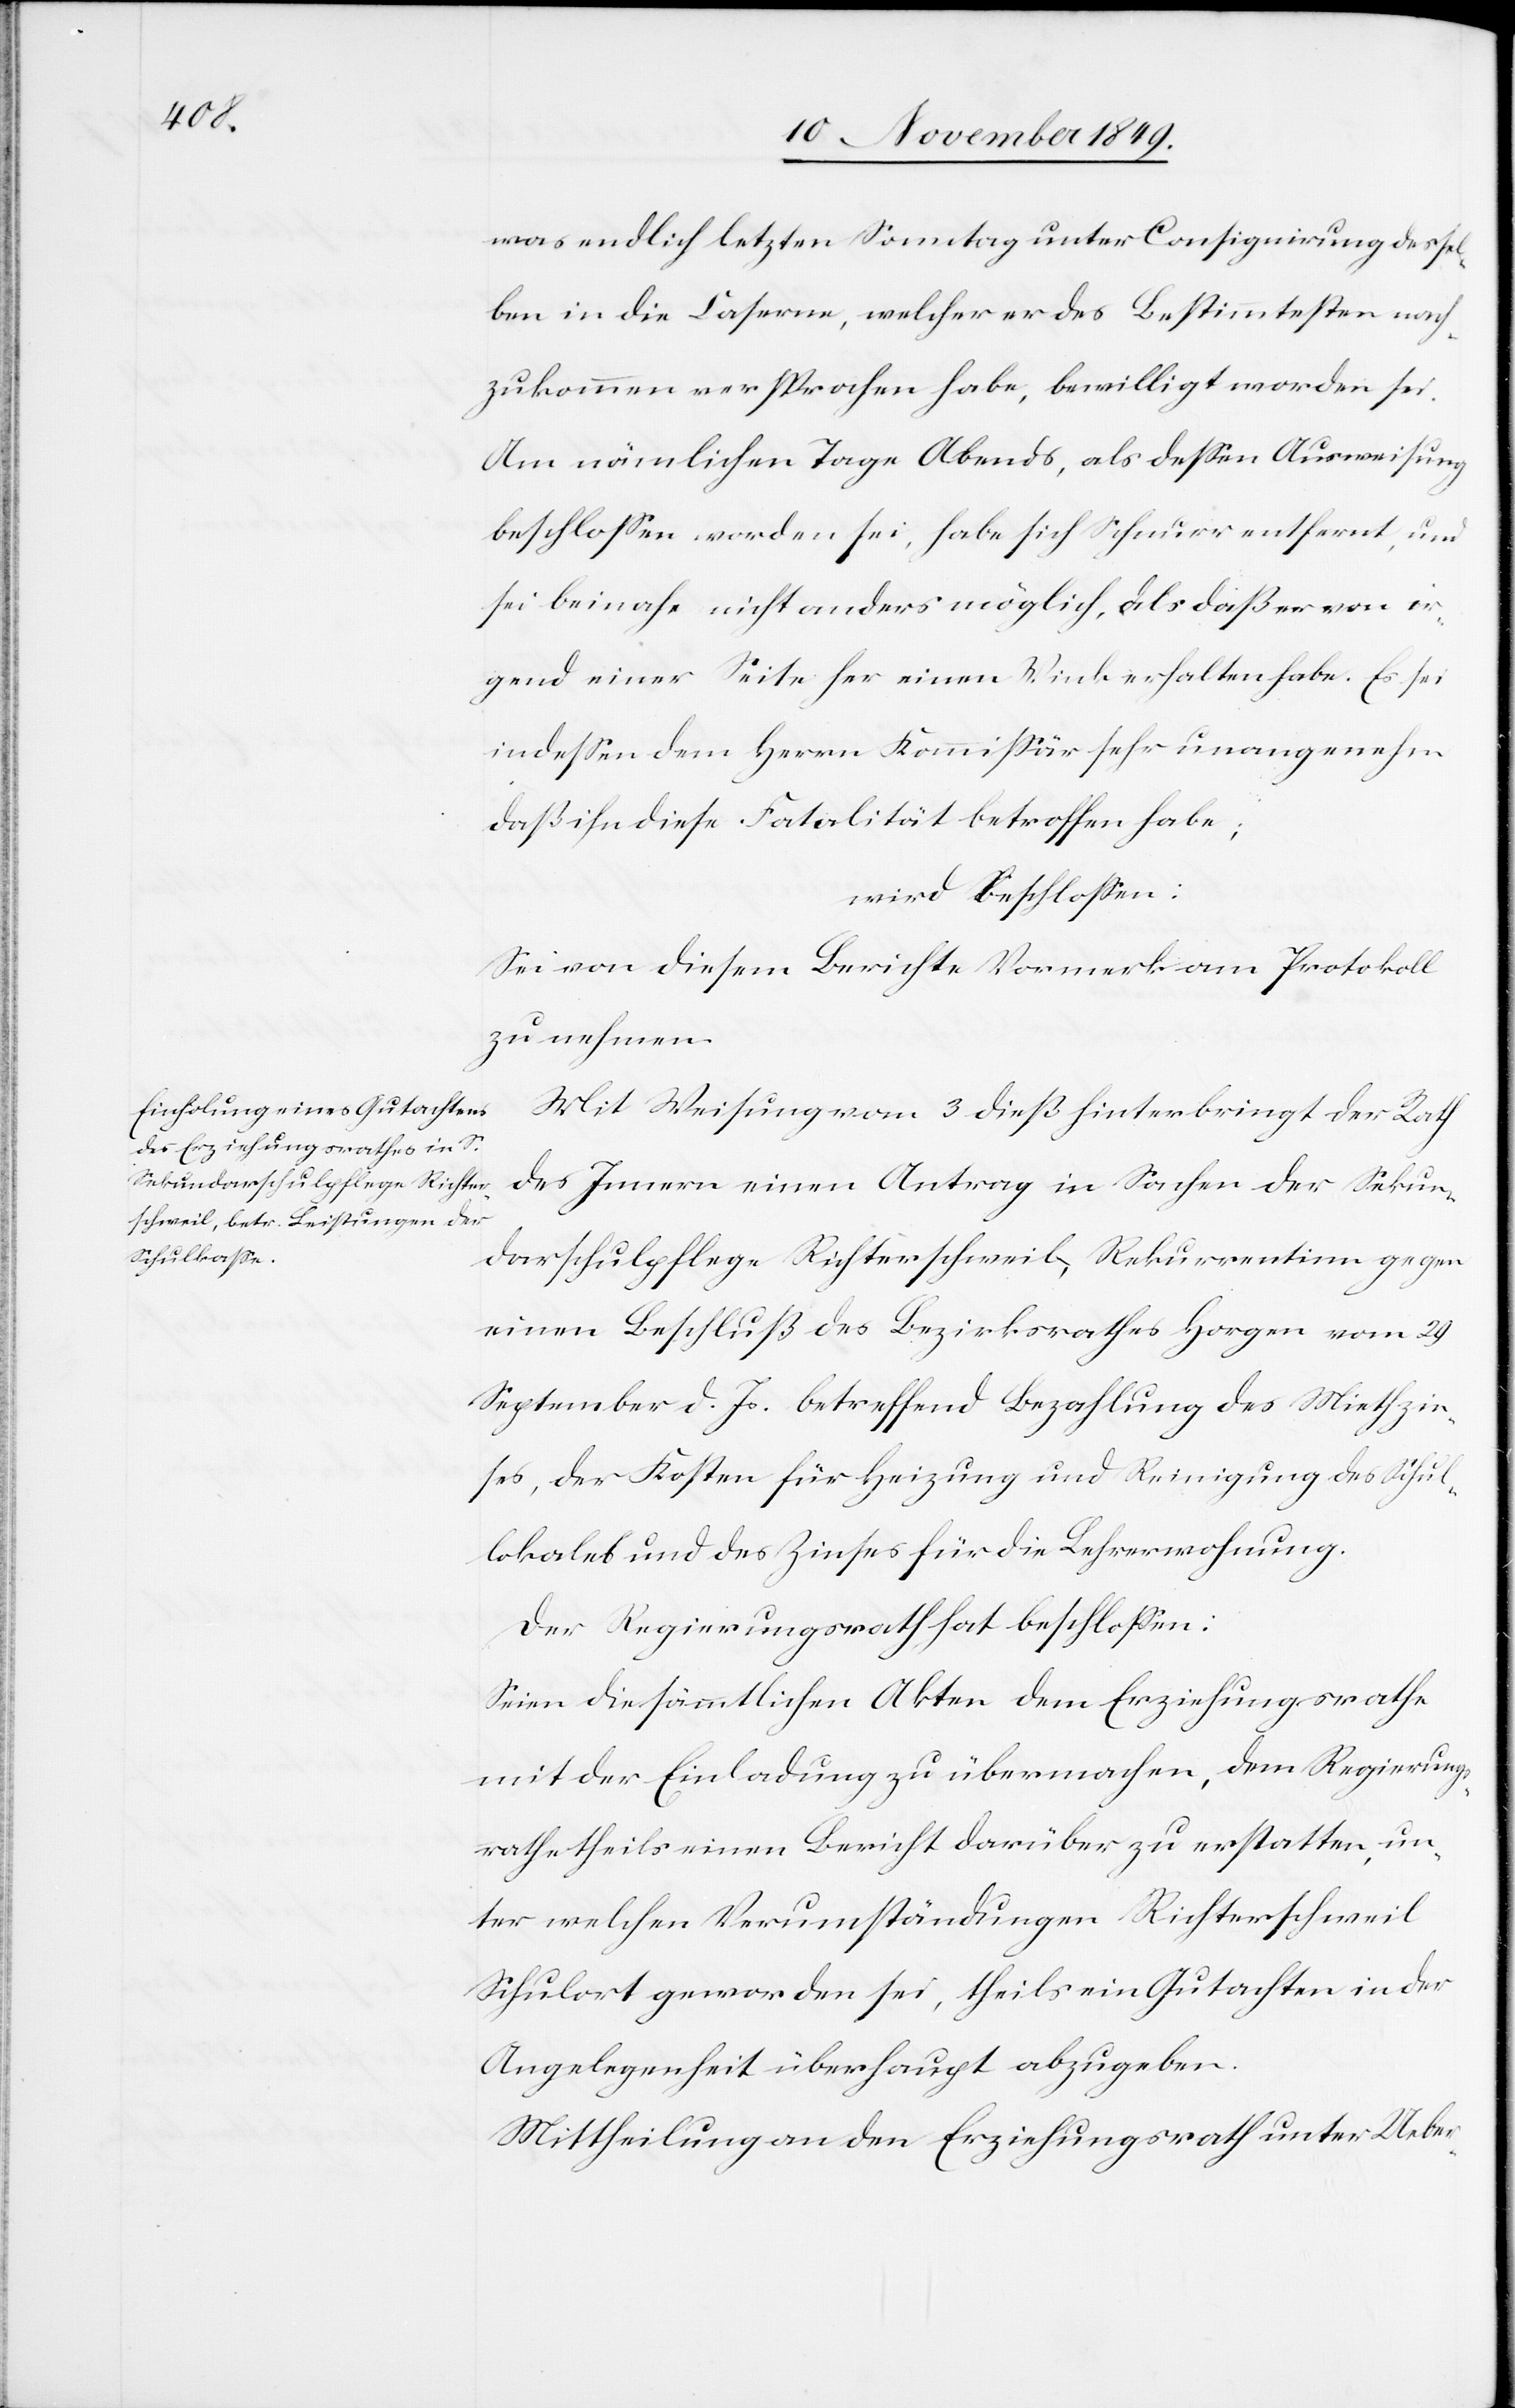
was endlich letzten Sonntag unter Consiguirung dessel¬
ben in die Caserne, welcher er des Bestimmtesten nach¬
zukommen versprochen habe, bewilligt worden sei.
Am nämlichen Tage Abends, als deßen Ausweisung
beschloßen worden sei, habe sich Schnurr entfernt, und
sei beinahe nicht anders möglich, als daß er von ir¬
gend einer Seite her einen Wink erhalten habe. Es sei
indeßen dem Herrn Kommißär sehr unangenehm
daß ihn diese Fatalität betroffen habe;
wird beschloßen:
Sei von diesem Berichte Vormerk am Protokolle
zu nehmen.
Mit Weisung vom 3 dieß hinterbringt der Rath
des Innern einen Antrag in Sachen der Sekun¬
darschulpflege Richterschweil, Rekurrentinn gegen
einen Beschluß des Bezirksrathes Horgen vom 29
September d. Js. betreffend Bezahlung des Miethzin¬
ses, der Kosten für Heizung und Reinigung des Schul¬
lokales und des Zinses für die Lehrerwohnung.
Der Regierungsrath hat beschloßen:
Seien die sämmtlichen Akten dem Erziehungsrathe
mit der Einladung zu übermachen, dem Regierungs¬
rathe theils einen Bericht darüber zu erstatten, un¬
ter welchen Verumständungen Richterschweil
Schulort geworden sei, theils ein Gutachten in der
Angelegenheit überhaupt abzugeben.
Mittheilung an den Erziehungsrath unter Ueber-